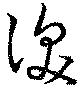
深